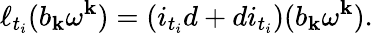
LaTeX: \ell_{t_{i}}(b_{\mathbf{k}}\omega^{\mathbf{k}})=(i_{t_{i}}d+di_{t_{i}})(b_{\mathbf{k}}\omega^{\mathbf{k}}).